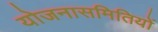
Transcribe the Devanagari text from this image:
योजनासमितियों